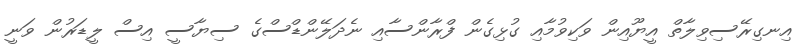
އިނގިރޭސިވިލާތް އީޔޫއިން ވަކިވުމާއި ގުޅިގެން ފްރާންސާއި ނެދަލޭންޑްސްގެ ސިޔާސީ އިސް ލީޑަރުން ވަނީ